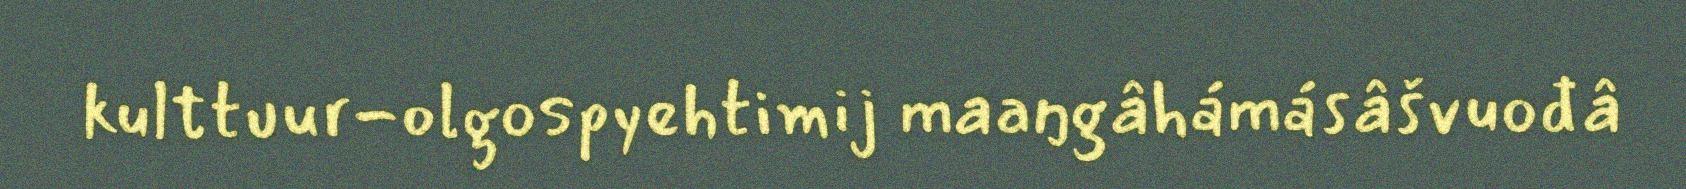
kulttuur-olgospyehtimij maaŋgâhámásâšvuođâ